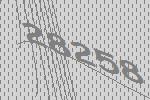
28258